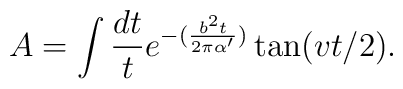
A=\int \frac{dt}{t} e^{-(\frac{b^2 t}{2\pi \alpha'})} \tan(vt/2).